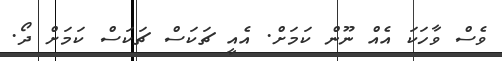
ވެސް ވާހަކަ އެެއް ނޫން ކަމަށް. އެއީ ޗަކަސް ޗަކަސް ކަމަށް ދޯ.